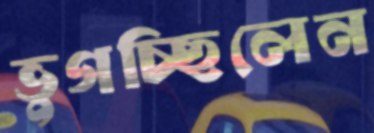
ভুগচ্ছিলেন